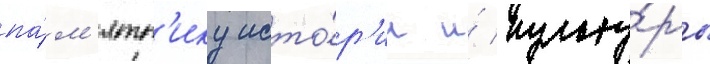
па́м'ятн'ику исто́р'ии и́ культу́ры